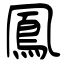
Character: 鳳